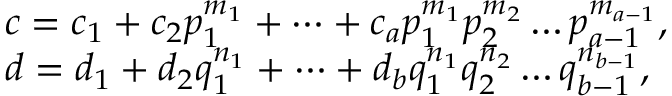
\begin{array} { r l } & { c = c _ { 1 } + c _ { 2 } p _ { 1 } ^ { m _ { 1 } } + \dots + c _ { a } p _ { 1 } ^ { m _ { 1 } } p _ { 2 } ^ { m _ { 2 } } \ldots p _ { a - 1 } ^ { m _ { a - 1 } } , } \\ & { d = d _ { 1 } + d _ { 2 } q _ { 1 } ^ { n _ { 1 } } + \dots + d _ { b } q _ { 1 } ^ { n _ { 1 } } q _ { 2 } ^ { n _ { 2 } } \ldots q _ { b - 1 } ^ { n _ { b - 1 } } , } \end{array}